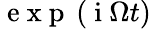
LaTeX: \mathrm{~e~x~p~}\left(\mathrm{~i~}\Omega t\right)